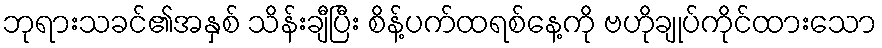
ဘုရားသခင်၏အနှစ် သိန်းချီပြီး စိန့်ပက်ထရစ်နေ့ကို ဗဟိုချုပ်ကိုင်ထားသော